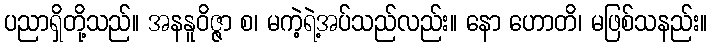
ပညာရှိတို့သည်။ အနနူဝိဇ္ဇာ စ၊ မကဲ့ရဲ့အပ်သည်လည်း။ နော ဟောတိ၊ မဖြစ်သနည်း။